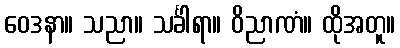
ဝေဒနာ။ သညာ။ သင်္ခါရာ။ ဝိညာဏံ။ ထိုအတူ။